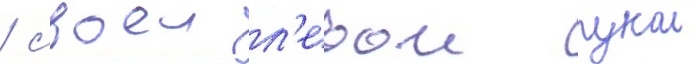
/ своеи л'евои рукои